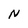
Character: N